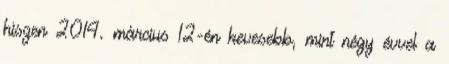
hiszen 2014. március 12-én kevesebb, mint négy évvel a